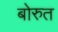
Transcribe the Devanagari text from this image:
बोरुत